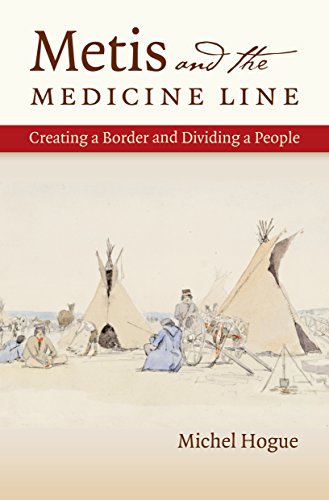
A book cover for Metis and the Medicine Line: Creating a Border and Dividing a People (The David J. Weber Series in the New Borderlands History); Michel Hogue; History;